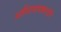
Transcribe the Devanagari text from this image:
अधिनायकतंत्री